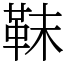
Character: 靺